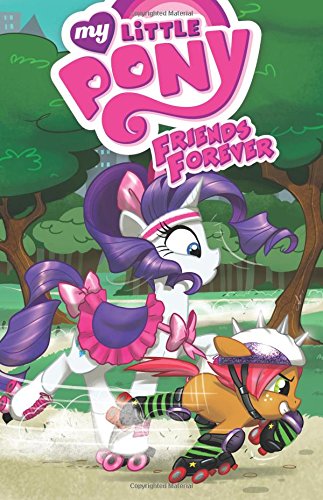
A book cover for My Little Pony: Friends Forever Volume 4 (My Little Pony Friends Forever Tp); Jeremy Whitley; Children's Books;